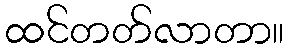
ထင်တတ်လာတာ။